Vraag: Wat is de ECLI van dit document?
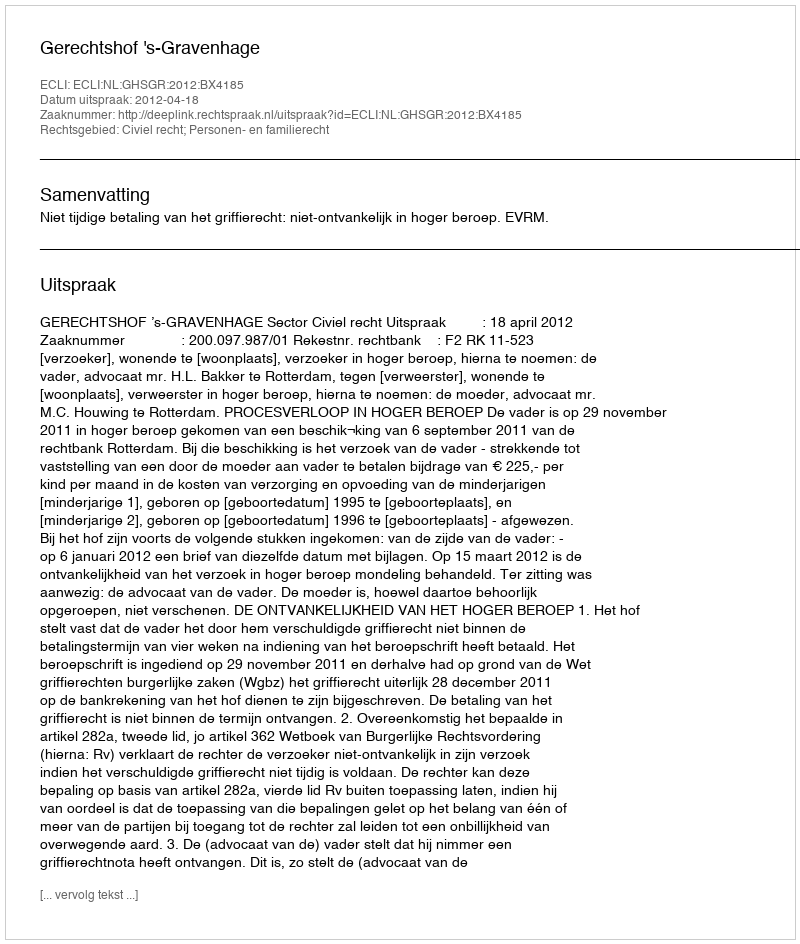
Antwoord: ECLI:NL:GHSGR:2012:BX4185